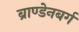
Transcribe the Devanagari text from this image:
ब्राण्डेनबर्ग